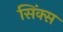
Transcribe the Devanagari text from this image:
सिंक्स